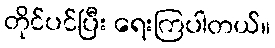
တိုင်ပင်ပြီး ရေးကြပါတယ်။